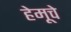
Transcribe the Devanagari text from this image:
हेमूचे